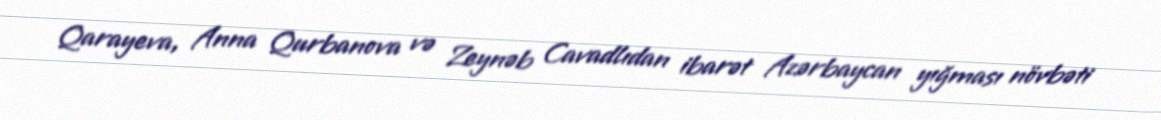
Qarayeva, Anna Qurbanova və Zeynəb Cavadlıdan ibarət Azərbaycan yığması növbəti